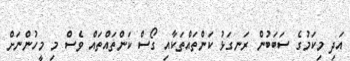
އަދި މިކަމުގެ ސަބަބުން ރަނގަޅު ކަންތައްތަކާއި ގޯސް ކަންތައްތައް ވެސް މި މީހުންނަށް